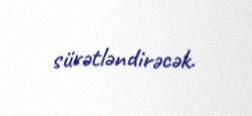
sürətləndirəcək.